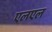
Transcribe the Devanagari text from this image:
एलएल